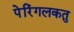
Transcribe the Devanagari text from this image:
पेरिंगलकतु